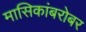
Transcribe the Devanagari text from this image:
मासिकांबरोबर